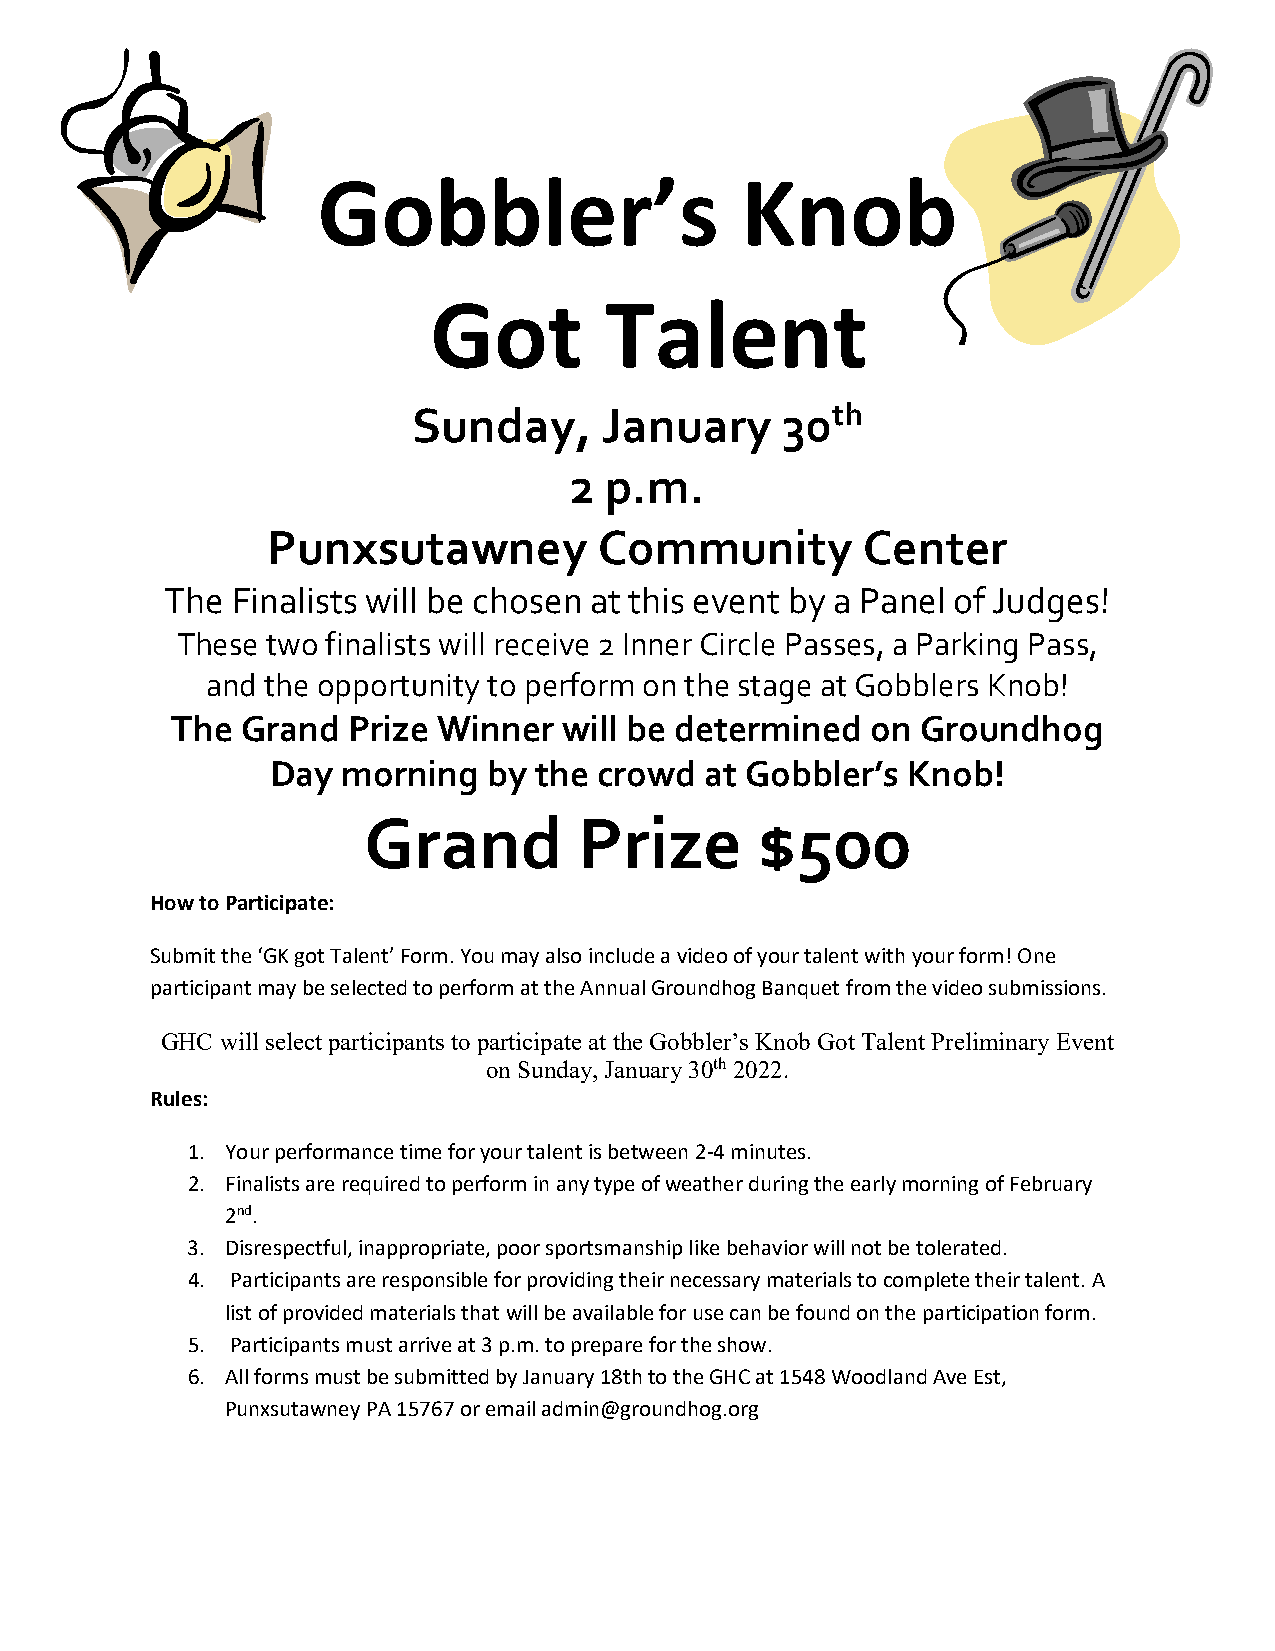
Gobbler’s                   Knob
 Got         Talent
 Sunday,      January     30th
 2 p.m.
 Punxsutawney          Community        Center
 The Finalists will be chosen at this event by a Panel of Judges!
 These two finalists will receive 2 Inner Circle Passes, a Parking Pass,
 and the opportunity to perform on the stage at Gobblers Knob!
 The  Grand  Prize Winner  will be determined   on Groundhog
 Day  morning  by the  crowd  at Gobbler’s Knob!
 Grand         Prize       $500
 How to Participate:
 Submit the ‘GK got Talent’ Form. You may also include a video of your talent with your form! One
 participant may be selected to perform at the Annual Groundhog Banquet from the video submissions.
 GHC will select participants to participate at the Gobbler’s Knob Got Talent Preliminary Event
 on Sunday, January 30th 2022.
 Rules:
 1. Your performance time for your talent is between 2-4 minutes.
 2. Finalists are required to perform in any type of weather during the early morning of February
 2nd.
 3. Disrespectful, inappropriate, poor sportsmanship like behavior will not be tolerated.
 4. Participants are responsible for providing their necessary materials to complete their talent. A
 list of provided materials that will be available for use can be found on the participation form.
 5. Participants must arrive at 3 p.m. to prepare for the show.
 6. All forms must be submitted by January 18th to the GHC at 1548 Woodland Ave Est,
 Punxsutawney PA 15767 or email admin@groundhog.org